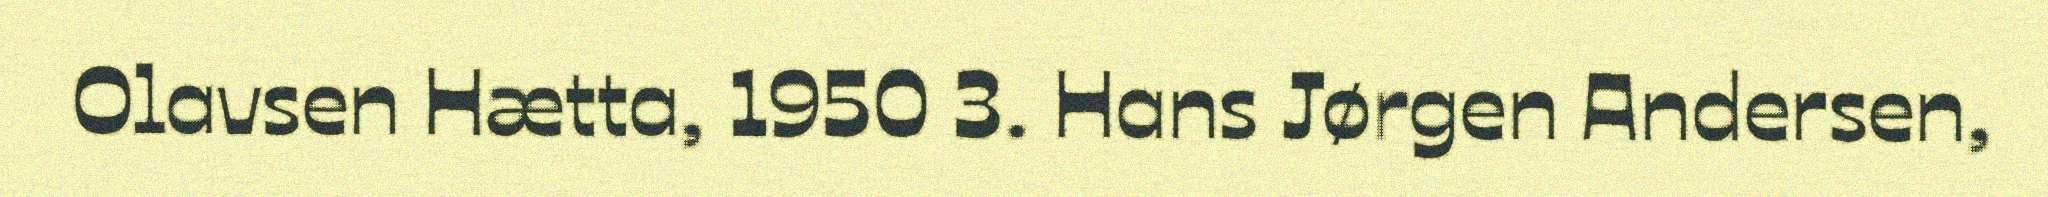
Olavsen Hætta, 1950 3. Hans Jørgen Andersen,